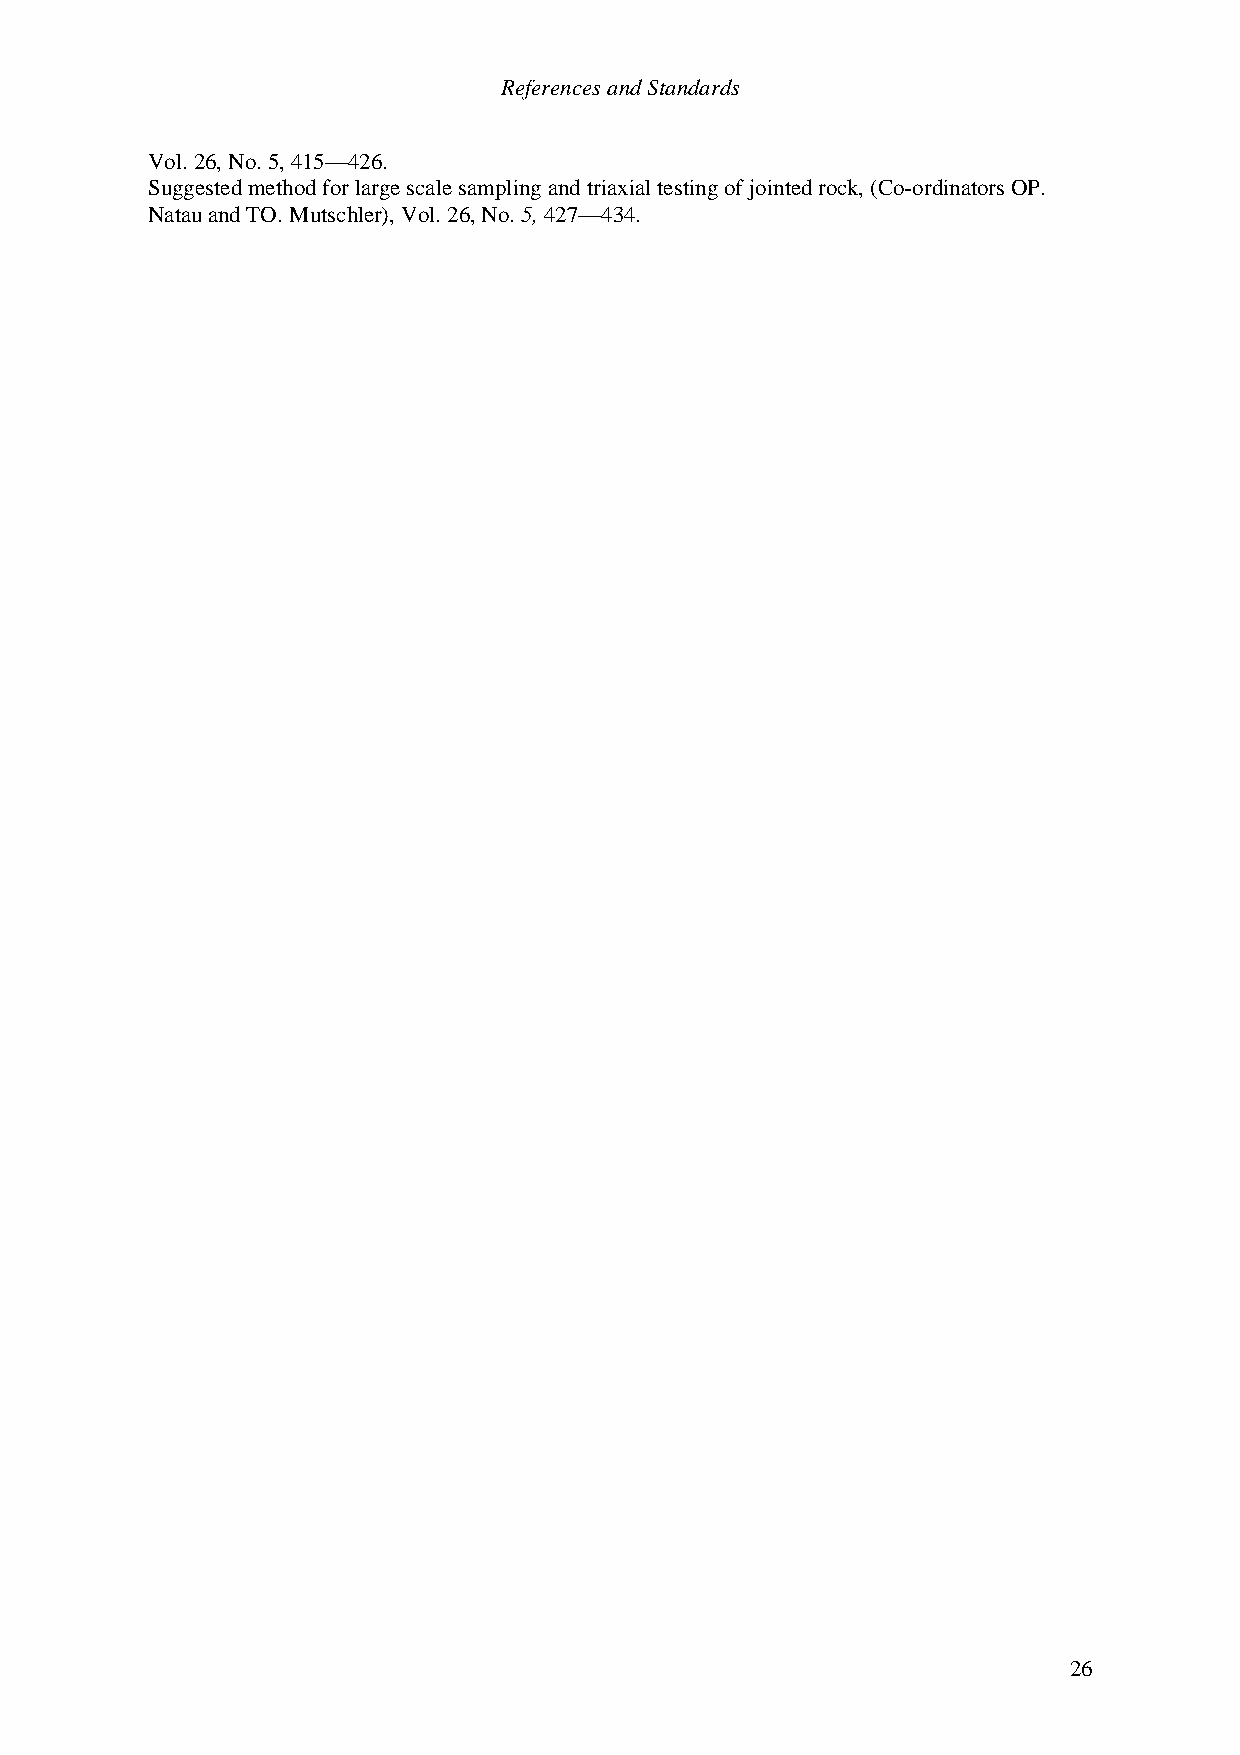
References and Standards
 Vol. 26, No. 5, 415—426.
 Suggested method for large scale sampling and triaxial testing of jointed rock, (Co-ordinators OP.
 Natau and TO. Mutschler), Vol. 26, No. 5, 427—434.
 26